Indian journal of veterinary science and animal husbandry - Volume 3,
Year: 1933
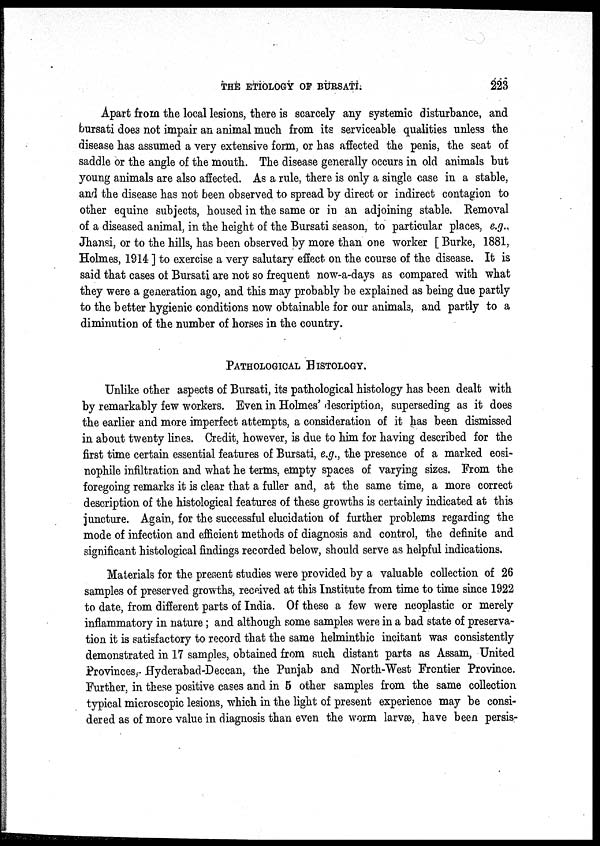
THE ETIOLOGY OF BURSATI.
223
Apart from the local lesions, there is scarcely any systemic disturbance, and
bursati does not impair an animal much from its serviceable qualities unless the
disease has assumed a very extensive form, or has affected the penis, the seat of
saddle or the angle of the mouth. The disease generally occurs in old animals but
young animals are also affected. As a rule, there is only a single case in a stable,
and the disease has not been observed to spread by direct or indirect contagion to
other equine subjects, housed in the same or in an adjoining stable. Removal
of a diseased animal, in the height of the Bursati season, to particular places, e.g.,
Jhansi, or to the hills, has been observed by more than one worker [ Burke, 1881,
Holmes, 1914 ] to exercise a very salutary effect on the course of the disease. It is
said that cases of Bursati are not so frequent now-a-days as compared with what
they were a generation ago, and this may probably be explained as being due partly
to the better hygienic conditions now obtainable for our animals, and partly to a
diminution of the number of horses in the country.
PATHOLOGICAL HISTOLOGY.
Unlike other aspects of Bursati, its pathological histology has been dealt with
by remarkably few workers. Even in Holmes' description, superseding as it does
the earlier and more imperfect attempts, a consideration of it has been dismissed
in about twenty lines. Credit, however, is due to him for having described for the
first time certain essential features of Bursati, e.g., the presence of a marked eosi-
nophile infiltration and what he terms, empty spaces of varying sizes. From the
foregoing remarks it is clear that a fuller and, at the same time, a more correct
description of the histological features of these growths is certainly indicated at this
juncture. Again, for the successful elucidation of further problems regarding the
mode of infection and efficient methods of diagnosis and control, the definite and
significant histological findings recorded below, should serve as helpful indications.
Materials for the present studies were provided by a valuable collection of 26
samples of preserved growths, received at this Institute from time to time since 1922
to date, from different parts of India. Of these a few were neoplastic or merely
inflammatory in nature; and although some samples were in a bad state of preserva-
tion it is satisfactory to record that the same helminthic incitant was consistently
demonstrated in 17 samples, obtained from such distant parts as Assam, United
Provinces, Hyderabad-Deccan, the Punjab and North-West Frontier Province.
Further, in these positive cases and in 5 other samples from the same collection
typical microscopic lesions, which in the light of present experience may be consi-
dered as of more value in diagnosis than even the worm larvae, have been persis¬